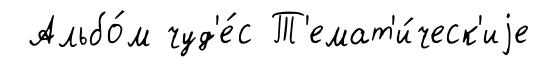
Альбо́м чуд'е́с Т'емат'и́ческ'иjе